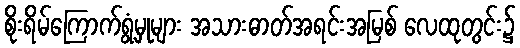
စိုးရိမ်ကြောက်ရွံ့မှုများ အသားဓာတ်အရင်းအမြစ် လေထုတွင်း၌